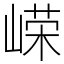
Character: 嵘